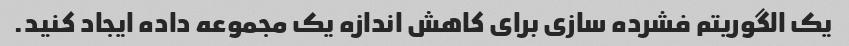
یک الگوریتم فشرده سازی برای کاهش اندازه یک مجموعه داده ایجاد کنید.